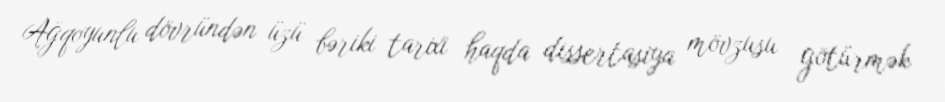
Ağqoyunlu dövründən üzü bəriki tarixi haqda dissertasiya mövzusu götürmək